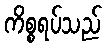
ကိစ္စရပ်သည်